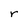
Character: r